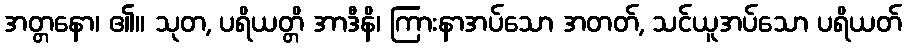
အတ္တနော၊ ၏။ သုတ, ပရိယတ္တိ အာဒီနိ၊ ကြားနာအပ်သော အတတ်, သင်ယူအပ်သော ပရိယတ်